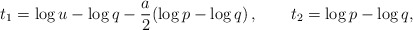
\begin{align*} t_1=\log u-\log q-\frac{a}{2}(\log p-\log q)\,,\qquad t_2=\log p-\log q,\end{align*}